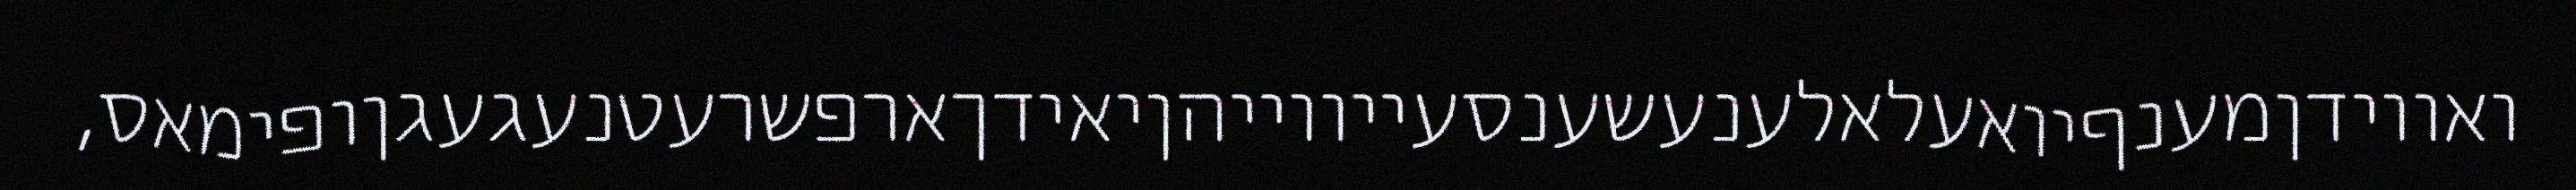
ואווידןמענףיואעלאלענעשענסעייווייהןיאידךארפשרעטנעגעגןופימאס,